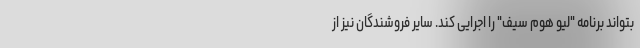
بتواند برنامه "لیو هوم سیف" را اجرایی کند. سایر فروشندگان نیز از